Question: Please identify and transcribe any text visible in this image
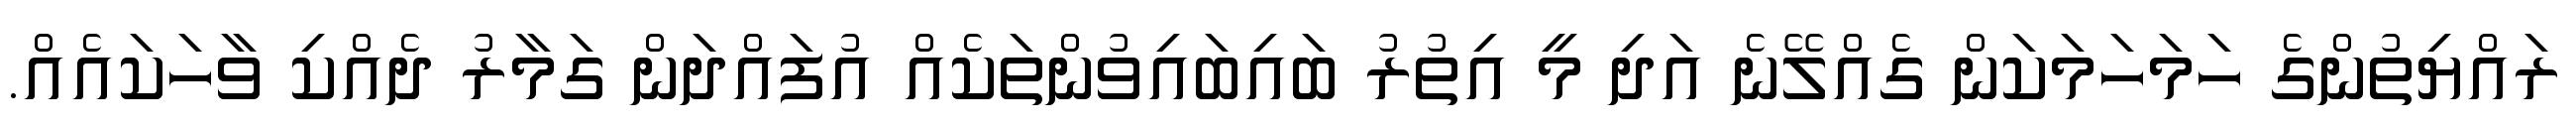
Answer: ރައްޔިތުންގެ ހަމަހަމަކަން ގެއްލޭނެ އަދި މީ އިތުރު ބައިބައިވުންތަކެއް އުފައްދަން ގަމާރު ދެއްކި ވާހަކައެއް.